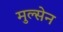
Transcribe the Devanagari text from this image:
मुल्सेन